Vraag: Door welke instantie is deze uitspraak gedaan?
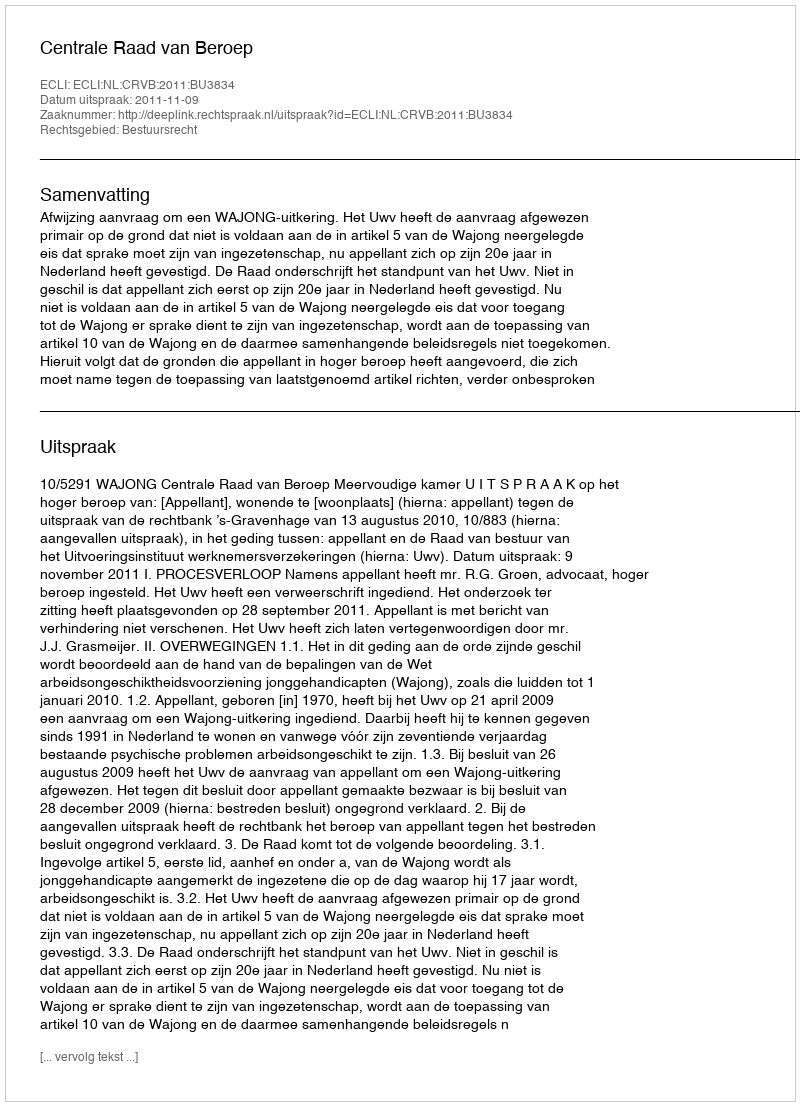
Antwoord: Centrale Raad van Beroep